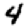
Digit: 4